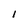
Character: 1